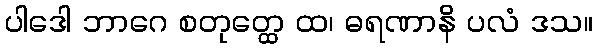
ပါဒေါ ဘာဂေ စတုတ္ထေ ထ၊ ဓရဏာနိ ပလံ ဒသ။